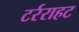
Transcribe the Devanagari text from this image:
टर्रराहट